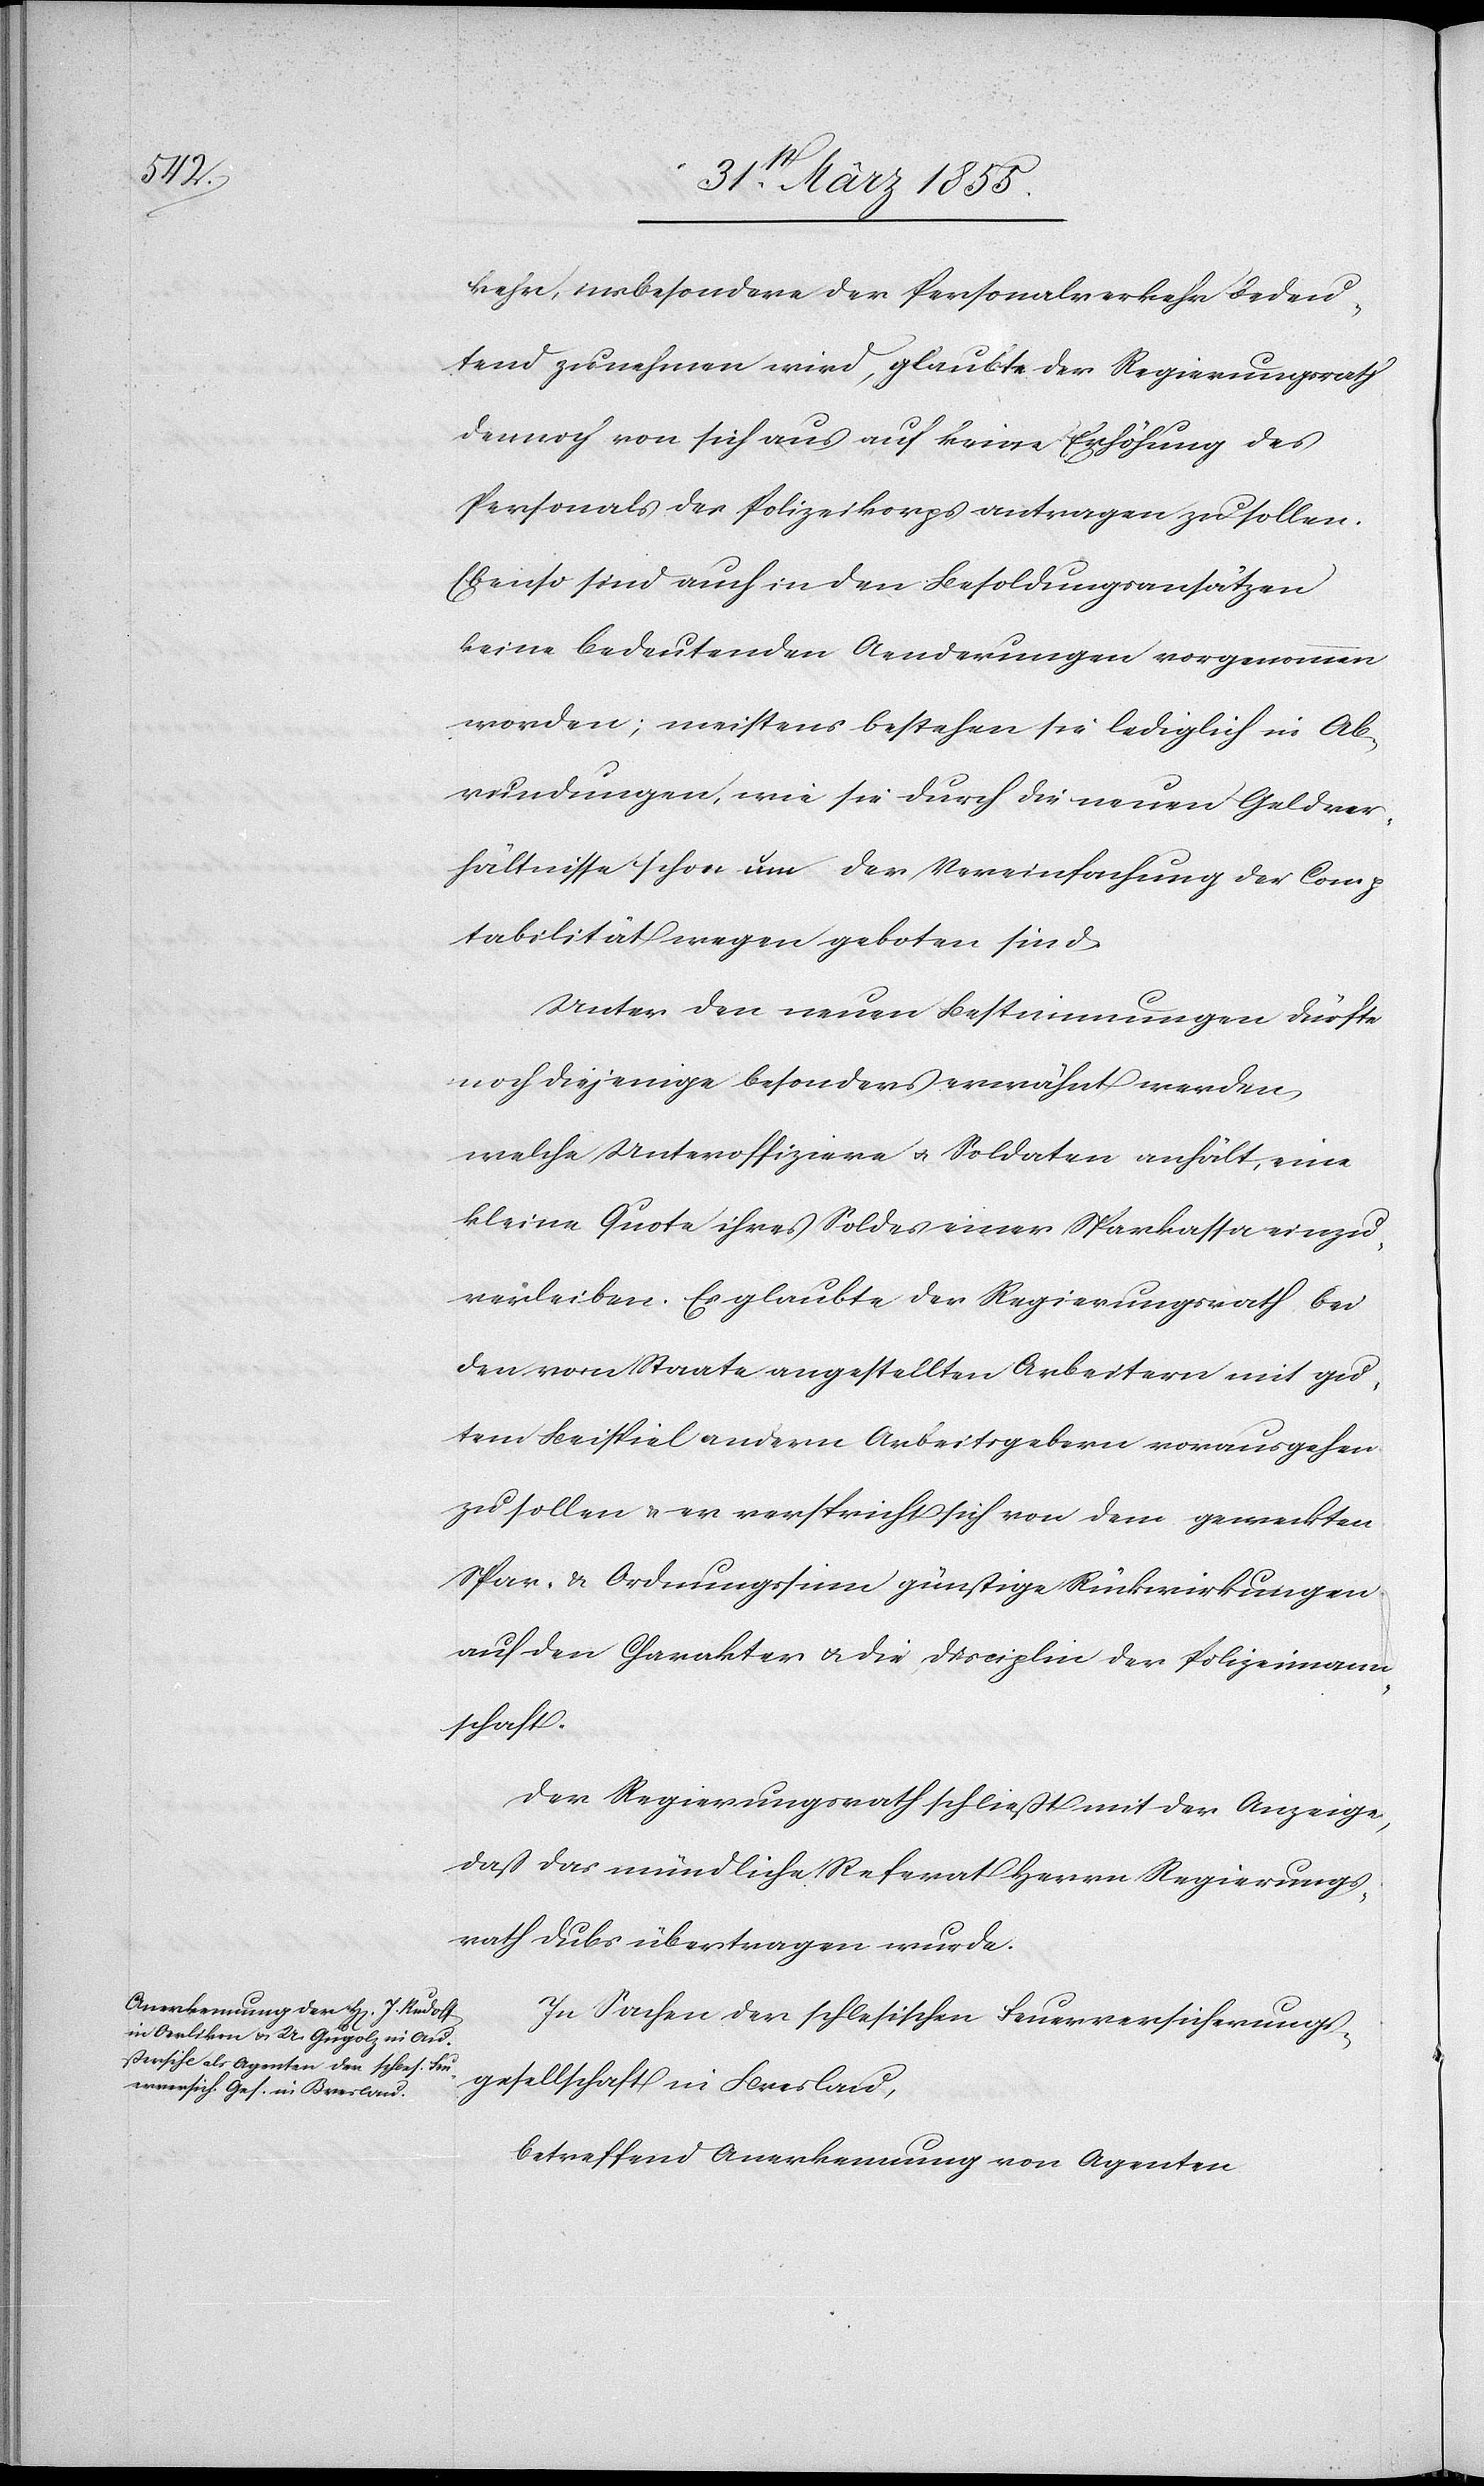
kehr, insbesondere der Personalverkehr bedeu¬
tend zunehmen wird, glaubte der Regierungsrath
dennoch von sich aus auf keine Erhöhung des
Personals des Polizeikorps antragen zu sollen.
Ebenso sind auch in den Besoldungsansätzen
keine bedeutenden Aenderungen vorgenommen
worden; meistens bestehen sie lediglich in Ab¬
rundungen, wie sie durch die neuen Geldver¬
hältnisse schon um der Vereinfachung der Comp¬
tabilität wegen geboten sind.
Unter den neuen Bestimmungen dürfte
noch diejenige besonders erwähnt werden,
welche Unteroffiziere & Soldaten anhält, eine
kleine Quote ihres Soldes einer Sparkassa einzu¬
verleiben. Es glaubte der Regierungsrath bei
den vom Staate angestellten Arbeitern mit gu¬
tem Beispiel andern Arbeitsgebern vorausgehen
zu sollen & er verspricht sich von dem geweckten
Spar- & Ordnungssinn günstige Rückwirkungen
auf den Charakter & die Disciplin der Polizeimann¬
schaft.
Der Regierungsrath schließt mit der Anzeige,
daß das mündliche Referat Herrn Regierungs¬
rath Dubs übertragen wurde.
In Sachen der schlesischen Feuerversicherungs¬
gesellschaft in Breslau,
betreffend Anerkennung von Agenten